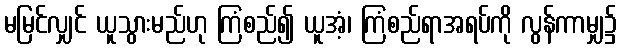
မမြင်လျှင် ယူသွားမည်ဟု ကြံစည်၍ ယူအံ့၊ ကြံစည်ရာအရပ်ကို လွန်ကာမျှ၌